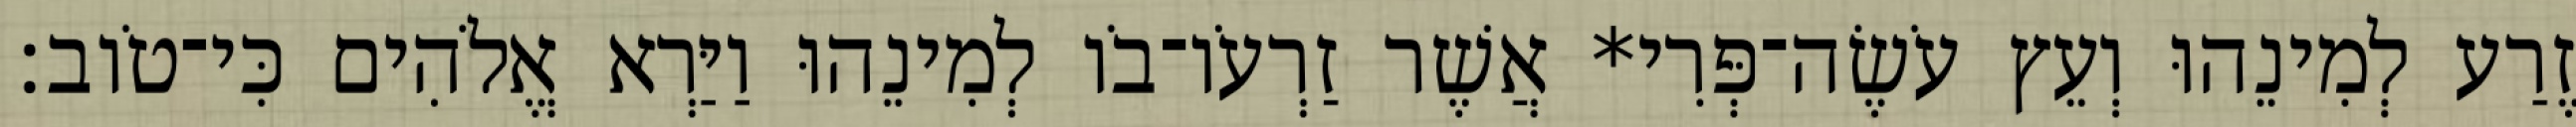
זֶרַע לְמִינֵהוּ וְעֵץ עֹשֶׂה־פְּרִי* אֲשֶׁר זַרְעֹו־בֹו לְמִינֵהוּ וַיַּרְא אֱלֹהִים כִּי־טֹוב׃